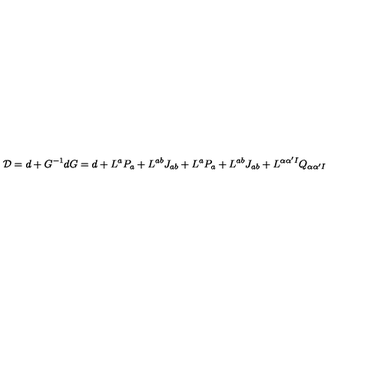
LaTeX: { \cal D } = d + G ^ { - 1 } d G = d + L ^ { a } P _ { a } + L ^ { a b } J _ { a b } + L ^ { a } P _ { a } + L ^ { a b } J _ { a b } + L ^ { \alpha \alpha ^ { \prime } I } Q _ { \alpha \alpha ^ { \prime } I }